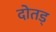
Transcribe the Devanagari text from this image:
दोतड्